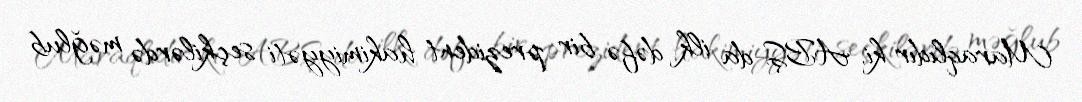
Maraqlıdır ki, ABŞ-da ilk dəfə bir prezident hakimiyyəti seçkilərdə məğlub